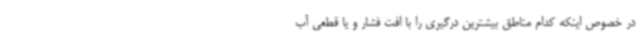
در خصوص اینکه کدام مناطق بیشترین درگیری را با افت فشار و یا قطعی آب